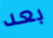
بعد